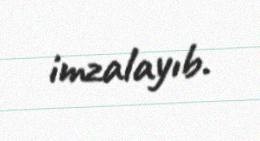
imzalayıb.